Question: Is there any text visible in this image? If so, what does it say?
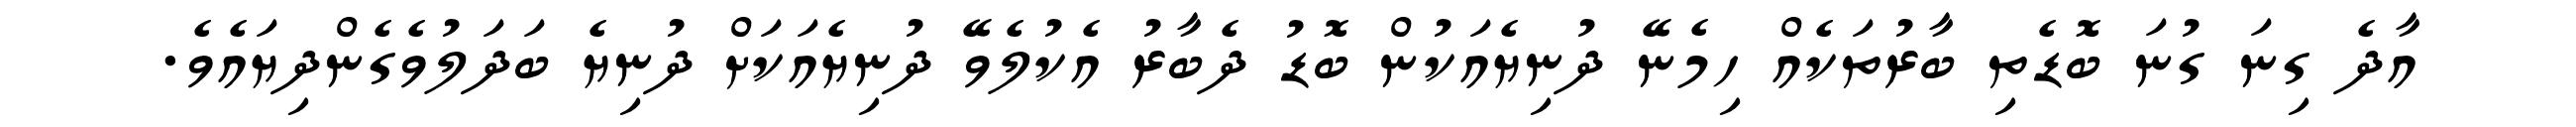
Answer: އާދެ ގިނަ ގުނަ ބޮޑެތި ބާރުތަކެއް ހިމެނޭ ދުނިޔެއަކުން ބޮޑު ދެބާރު އެކުލެވޭ ދުނިޔެއަކަށް ދުނިޔެ ބަދަލުވެގެންދިޔައެވެ.